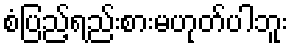
စံပြည့်ရည်းစားမဟုတ်ပါဘူး